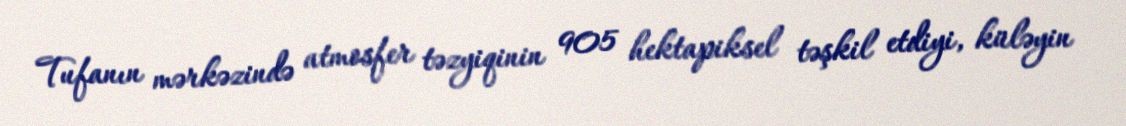
Tufanın mərkəzində atmosfer təzyiqinin 905 hektapiksel təşkil etdiyi, küləyin